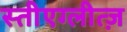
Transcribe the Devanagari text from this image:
स्तीएग्लीत्ज़